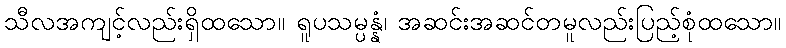
သီလအကျင့်လည်းရှိထသော။ ရူပသမ္ပန္နံ၊ အဆင်းအဆင်တမူလည်းပြည့်စုံထသော။